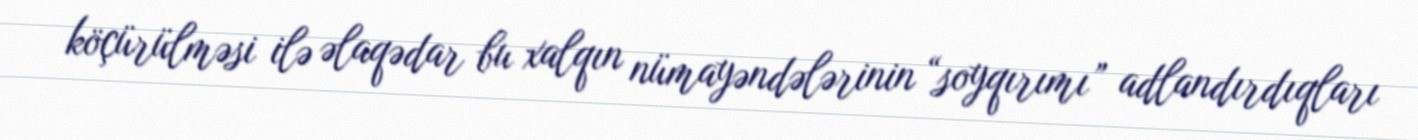
köçürülməsi ilə əlaqədar bu xalqın nümayəndələrinin “soyqırımı” adlandırdıqları